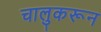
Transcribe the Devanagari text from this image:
चालुकरून